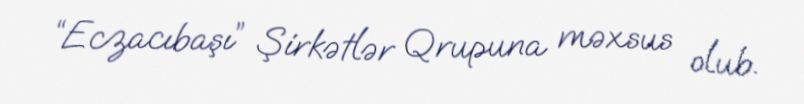
“Eczacıbaşı” Şirkətlər Qrupuna məxsus olub.